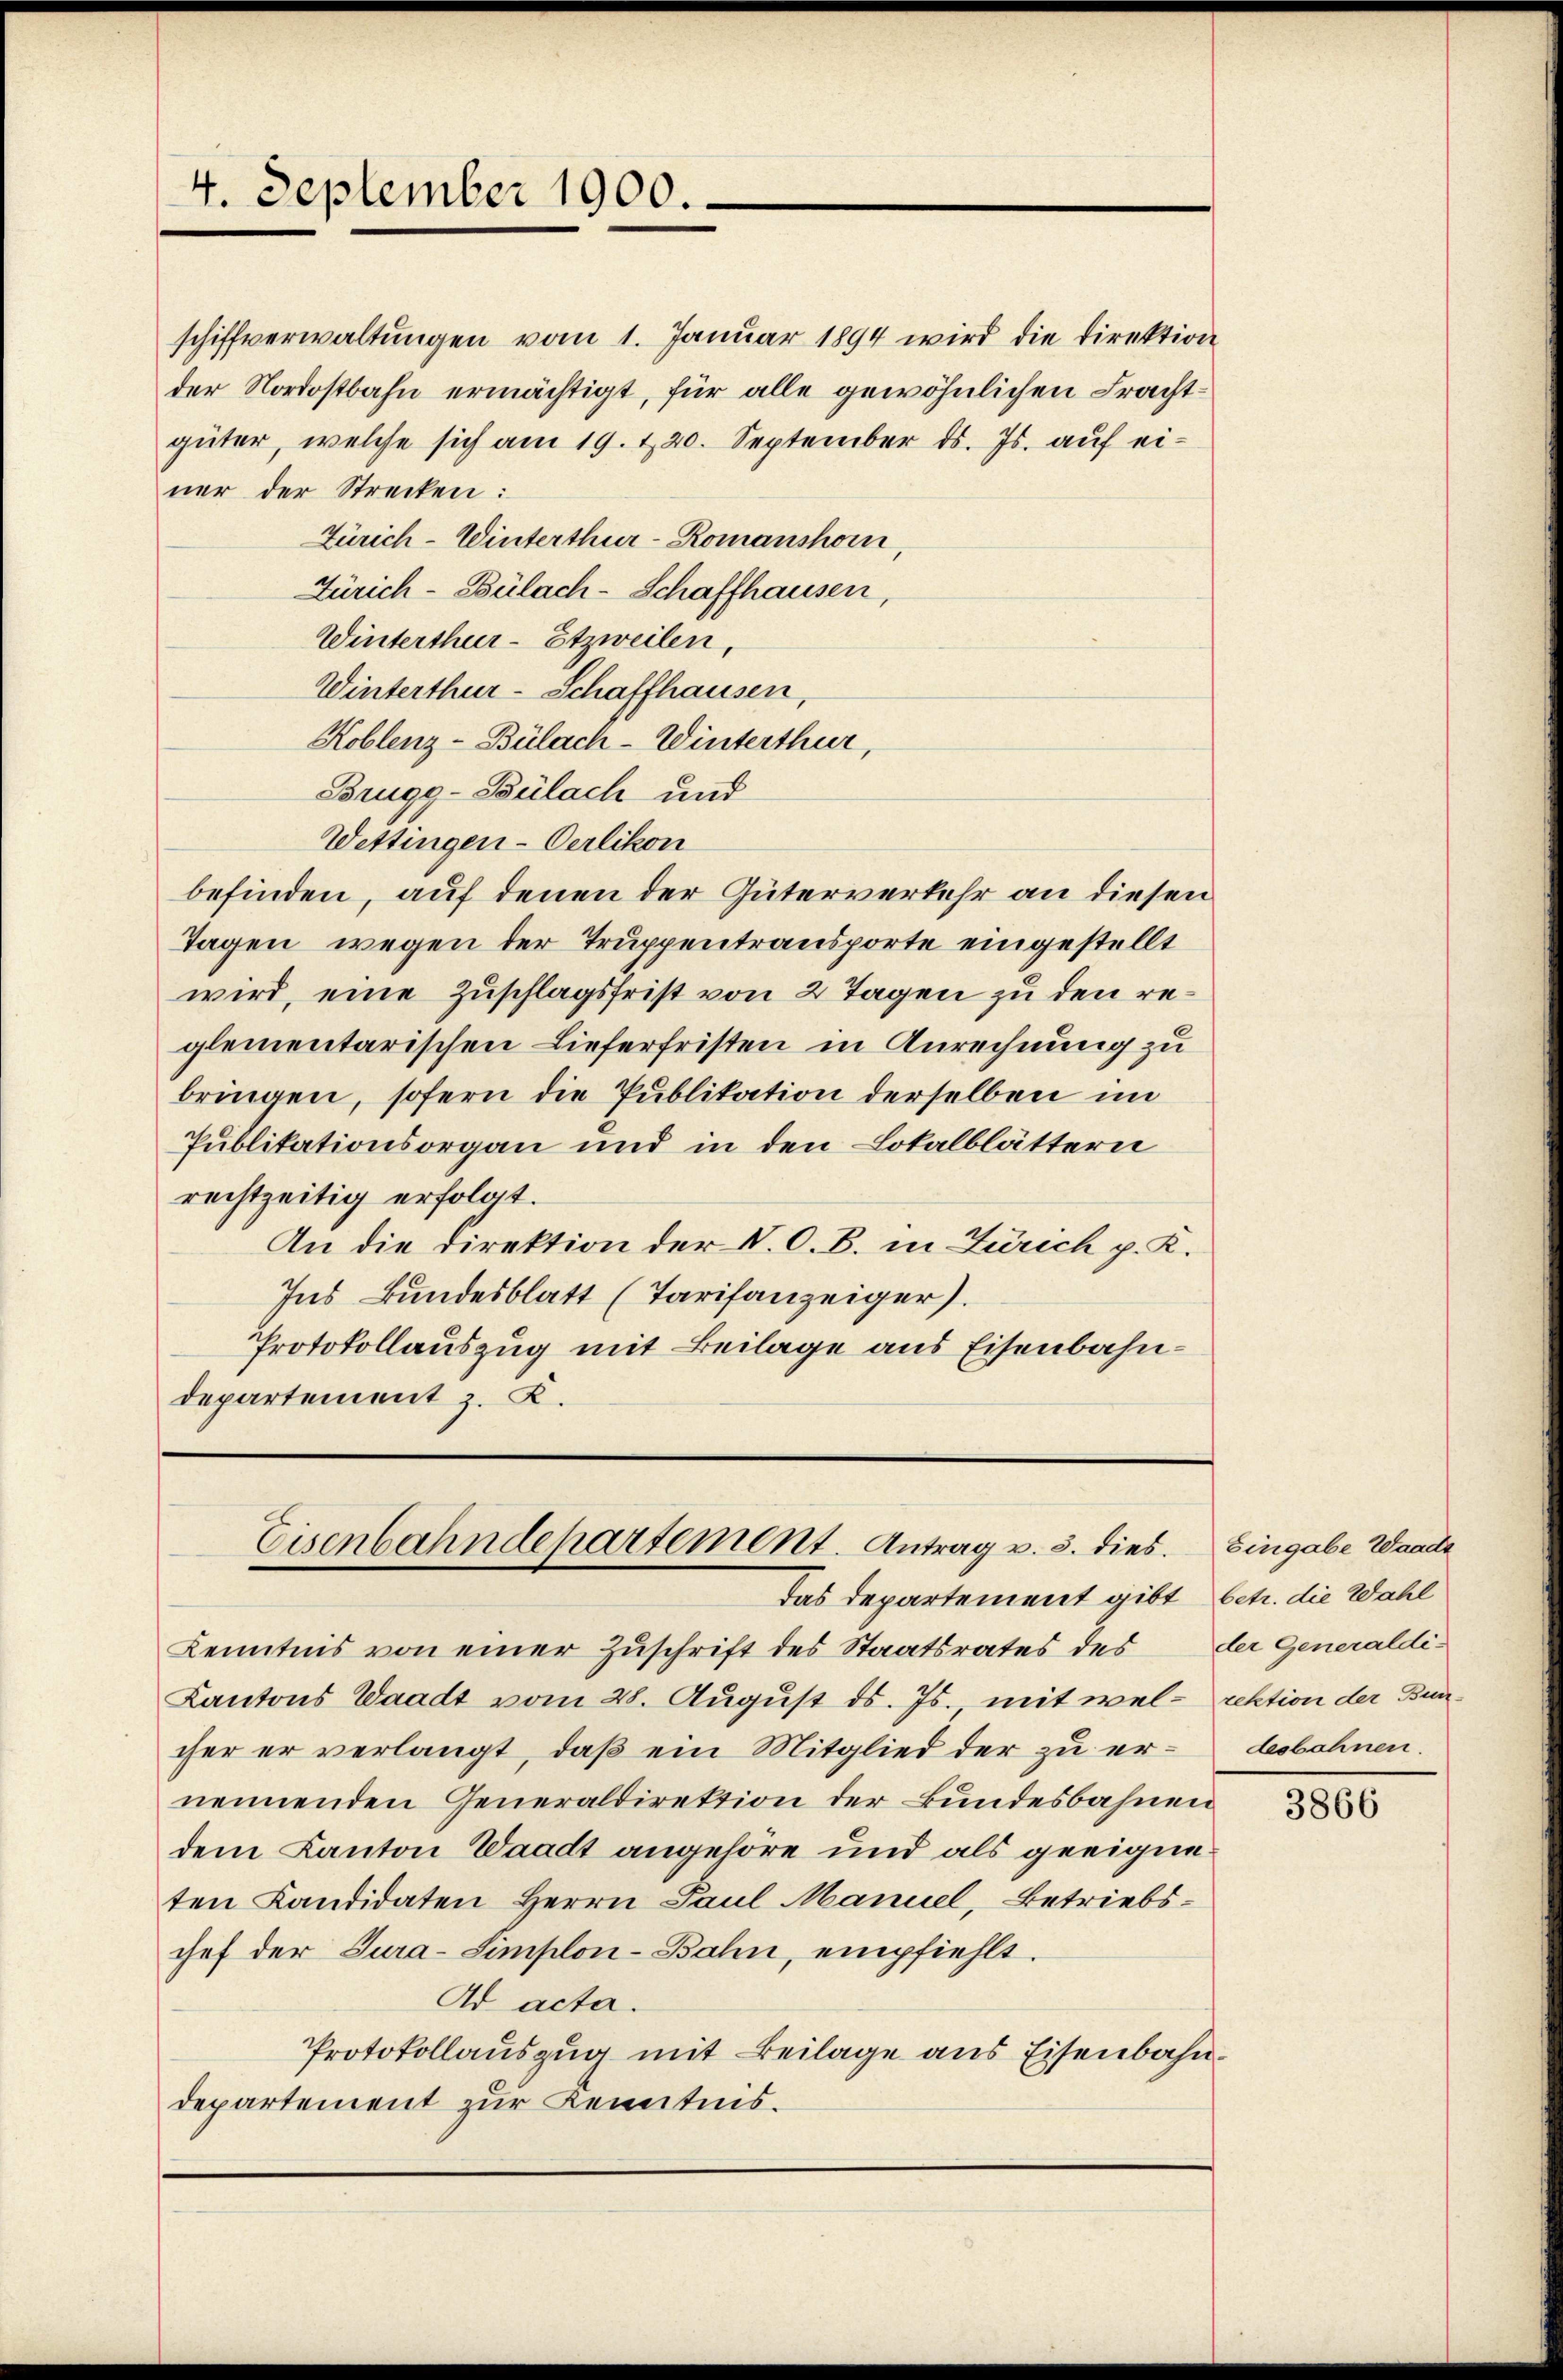
4. September 1900.

schiffverwaltŭngen vom 1. Januar 1894 wird die Direktion
der Nordostbahn ermächtigt, für alle gewöhnlichen Frachtgüter, welche sich am 19. 120. September ds. Js. aŭf einer der Strecken:
Zürich–Winterthur-Romanshorn,
Zürich-Bülach-Schaffhausen,
Winterthur - Etzweilen,
Winterthur–Schaffhausen,
Koblenz-Bülach–Winterthur,
Brugg-Bülach und
Wettingen-Oerlikon
befinden, auf denen der Güterverkehr an diesen
Tagen, wegen der Truppentransporte eingestellt
wird, eine Zuschlagsfrist von 2 Tagen zu den reglementarischen Lieferfristen in Anrechnung zu
bringen, sofern die Publikation derselben im
Publikationsorgan und in den Lokalblättern
rechtzeitig erfolgt.
An die Direktion der V. O. B. in Zürich p. K.
Ins Bundesblatt (Tarifanzeiger).
Protokollauszug mit Beilage aus Eisenbahndepartement z. K.

Eisenbahndepartement. Antrag v. 3. dies. Eingabe Wande

das Departement gibt betr. die Wahl
Kenntnis von einer Zuschrift des Staatsrates des der Generaldi¬
Kantons Waadt vom 28. August ds. Js. mit wel- rektion der Buncher er verlangt, daß ein Mitglied der zu ernennenden Generaldirektion der Bundesbahnen
dem Kanton Waadt angehöre und als geeigneten Kandidaten Herrn Paul Manuel, Betriebschef der Tura-Simplon-Bahn, empfiehlt.
Ad acta.
Protokollauszug mit Beilage aus Eisenbahndepartement zur Kenntnis.

desbahnen.

3866